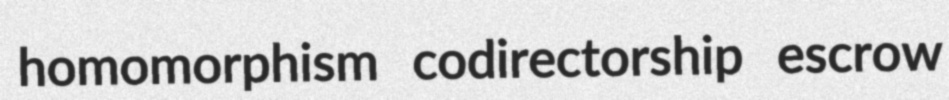
homomorphism codirectorship escrow